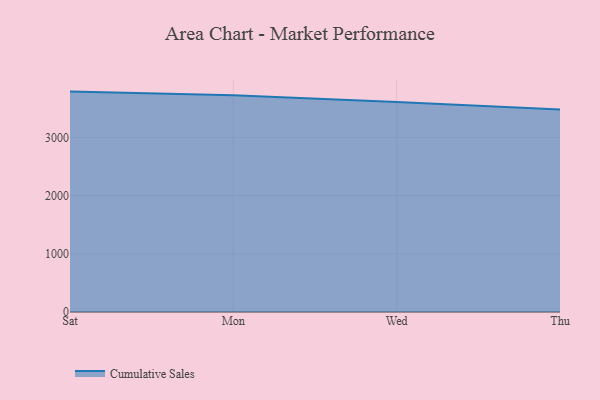
{"axis": {"x": "Day", "y": "Conversion Rate (%)"}, "legend": ["Cumulative Sales"], "data": [{"x": "Sat", "y": 3785.8, "type": "Cumulative Sales"}, {"x": "Mon", "y": 3722.4, "type": "Cumulative Sales"}, {"x": "Wed", "y": 3605.7, "type": "Cumulative Sales"}, {"x": "Thu", "y": 3476.2, "type": "Cumulative Sales"}]}